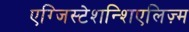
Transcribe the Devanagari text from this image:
एग्जिस्टेशन्शिएलिज़्म